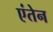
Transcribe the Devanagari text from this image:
एंतेन